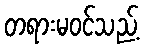
တရားမဝင်သည့်